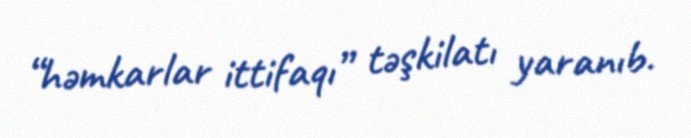
“həmkarlar ittifaqı” təşkilatı yaranıb.